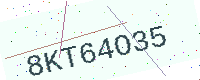
Text: 8KT64O35